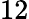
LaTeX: \mathrm{12}